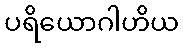
ပရိယောဂါဟိယ